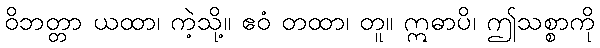
ဝိဘတ္တာ ယထာ၊ ကဲ့သို့။ ဧဝံ တထာ၊ တူ။ ဣဓာပိ၊ ဤသစ္စာကို